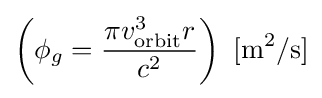
\left(\phi _{g}={\frac {\pi v_{\text{orbit}}^{3}r}{c^{2}}}\right)\ \mathrm {[m^{2}/s]}